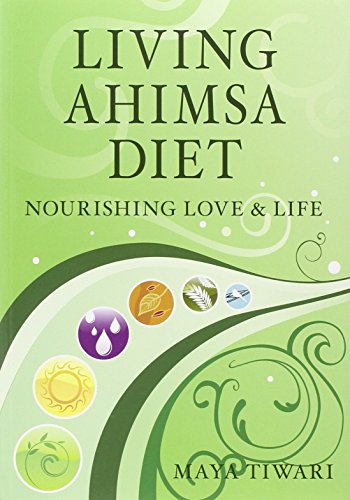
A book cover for Living Ahimsa Diet: Nourishing Love & Life; Maya Tiwari; Religion & Spirituality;